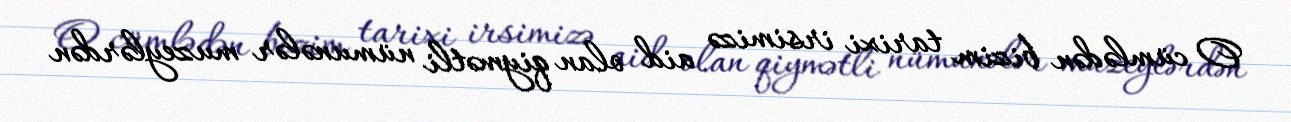
O cümlədən bizim tarixi irsimizə aid olan qiymətli nümunələr muzeylərdən